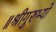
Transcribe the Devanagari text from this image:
॥श्रीगुरुभ्यो